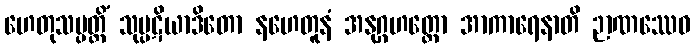
ဟေတုသမ္ပတ္တိံ သုပ္ပဋိယာဒိတော နဟေတူနံ အနုဂ္ဂဟတ္ထော အာကာရေနာတိ ဉာဏဿေဝ